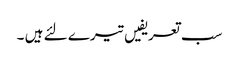
سب تعریفیں تیرے لئے ہیں ۔